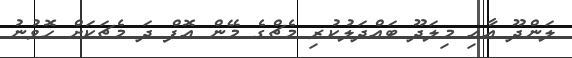
ލަންދޫ އާއި މިލަދޫ ބައްދަލުކުރި މެޗްގެ މޭން އޮފް ދަ މެޗަކަށް ހޮވުނު